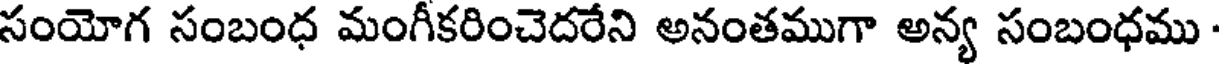
సంయోగ సంబంధ మంగీకరించెదరేని అనంతముగా అన్య సంబంధము